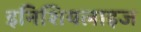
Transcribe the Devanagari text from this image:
इनिशियलाइज